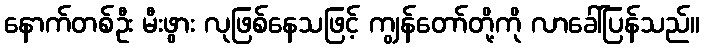
နောက်တစ်ဦး မီးဖွား လုဖြစ်နေသဖြင့် ကျွန်တော်တို့ကို လာခေါ်ပြန်သည်။